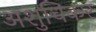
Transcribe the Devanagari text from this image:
अशुचिकर